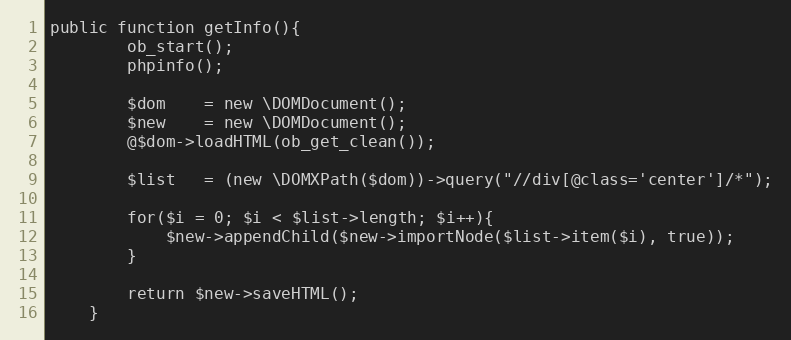
Language: PHP
public function getInfo(){
        ob_start();
        phpinfo();

        $dom    = new \DOMDocument();
        $new    = new \DOMDocument();
        @$dom->loadHTML(ob_get_clean());

        $list   = (new \DOMXPath($dom))->query("//div[@class='center']/*");

        for($i = 0; $i < $list->length; $i++){
            $new->appendChild($new->importNode($list->item($i), true));
        }

        return $new->saveHTML();
    }